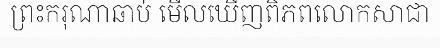
ព្រះករុណាឆាប់ មើលឃើញពិភពលោកសាជា